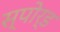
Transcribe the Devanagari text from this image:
स्पोर्ड